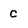
Character: c